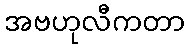
အဗဟုလီကတာ